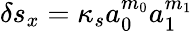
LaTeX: \delta s_{x}=\kappa_{s}a_{0}^{m_{0}}a_{1}^{m_{1}}